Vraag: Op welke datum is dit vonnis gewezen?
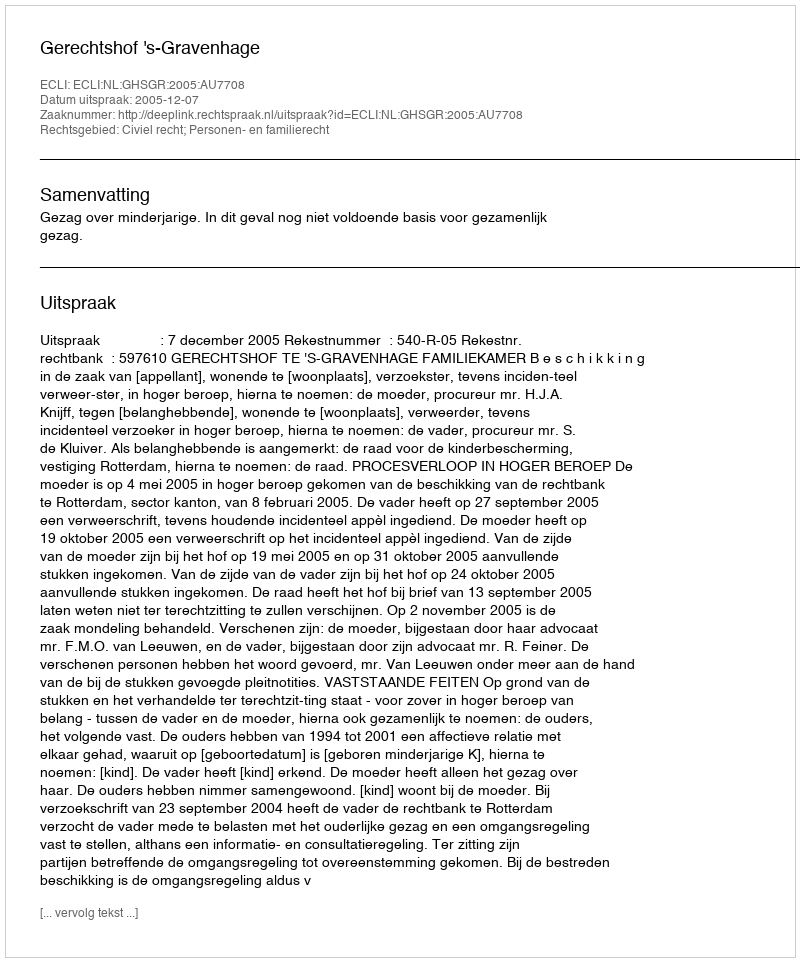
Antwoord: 2005-12-07